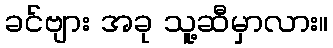
ခင်ဗျား အခု သူ့ဆီမှာလား။